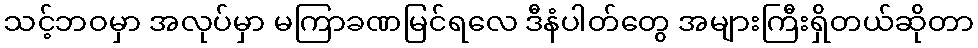
သင့်ဘဝမှာ အလုပ်မှာ မကြာခဏမြင်ရလေ ဒီနံပါတ်တွေ အများကြီးရှိတယ်ဆိုတာ